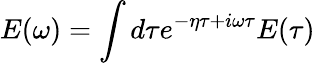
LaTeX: E(\omega)=\int d\tau e^{-\eta\tau+i\omega\tau}E(\tau)